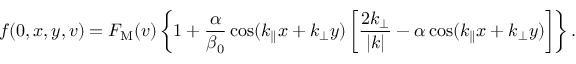
f ( 0 , x , y , v ) = F _ { \mathrm { M } } ( v ) \left\{ 1 + \frac { \alpha } { \beta _ { 0 } } \cos ( k _ { \parallel } x + k _ { \perp } y ) \left[ \frac { 2 k _ { \perp } } { | k | } - \alpha \cos ( k _ { \parallel } x + k _ { \perp } y ) \right] \right\} .